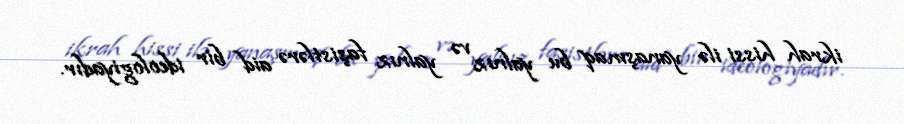
ikrah hissi ilə yanaşmaq bu yalnız və yalnız faşistlərə aid bir ideologiyadır.